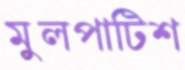
মুলপাটিশ